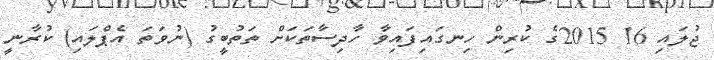
ޖުލައި 16 2015ގެ ކުރިން ހިނގައިފައިވާ ހާދިސާތަކަށް ތަތުބީގު (ނުވަތަ އެޕްލައި) ކުރާނީ